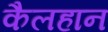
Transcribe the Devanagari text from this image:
कैलहान